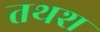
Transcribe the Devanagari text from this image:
तथश